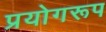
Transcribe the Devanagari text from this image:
प्रयोगरूप